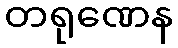
တရုဏေန